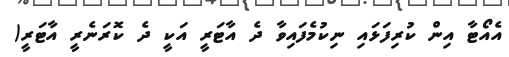
އެއޯޓާ އިން ކުރިފަޅައި ނިކުމެފައިވާ ދެ އާޓަރީ އަކީ ދެ ކޮރަނެރީ އާޓަރީ(